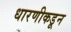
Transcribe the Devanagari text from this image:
धारणीकडून